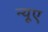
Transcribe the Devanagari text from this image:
न्‍यूए